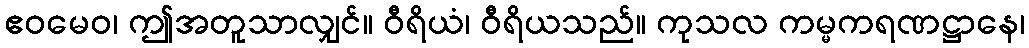
ဧဝမေဝ၊ ဤအတူသာလျှင်။ ဝီရိယံ၊ ဝီရိယသည်။ ကုသလ ကမ္မကရဏဋ္ဌာနေ၊